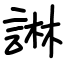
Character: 諃